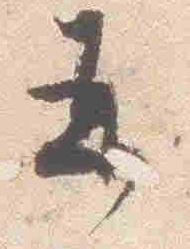
并